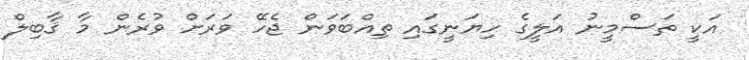
އަކީ ތަސްމީނު އަލީގެ ހިޔަނީގައި ތިއްބަވަން ޖެހޭ ވަރަށް ވުރެން މާ ޤާބިލް